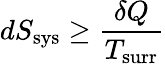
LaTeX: dS_{\mathrm{sys}}\geq{\frac{\delta Q}{T_{\mathrm{surr}}}}